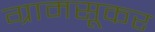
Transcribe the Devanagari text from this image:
ग्रामसूकर